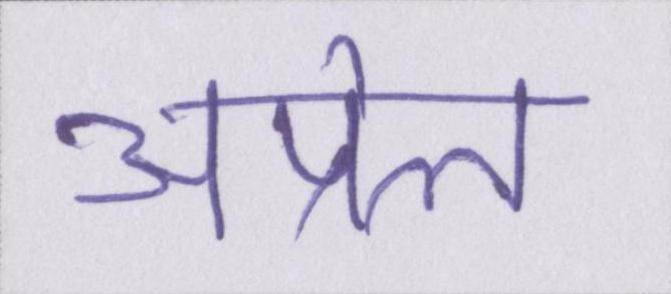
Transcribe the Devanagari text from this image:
अप्रेल